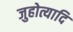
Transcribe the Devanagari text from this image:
जुहोत्यादि